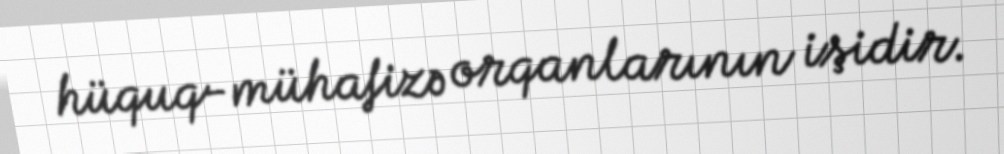
hüquq-mühafizə orqanlarının işidir.